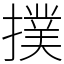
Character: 撲